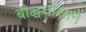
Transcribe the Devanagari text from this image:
बौद्धघोसाने